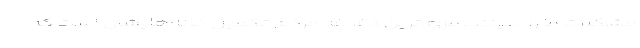
مشکلات ما را ببینند. مهم‌ترین دغدغه مردم تکمیل خانه‌هایشان است که